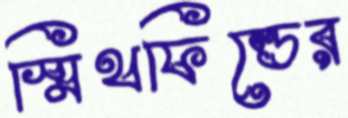
স্মিথফিল্ডের